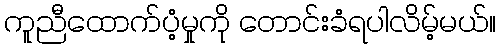
ကူညီထောက်ပံ့မှုကို တောင်းခံရပါလိမ့်မယ်။